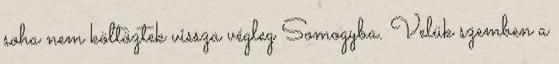
soha nem költöztek vissza végleg Somogyba. Velük szemben a